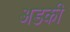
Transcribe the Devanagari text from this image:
अडकी